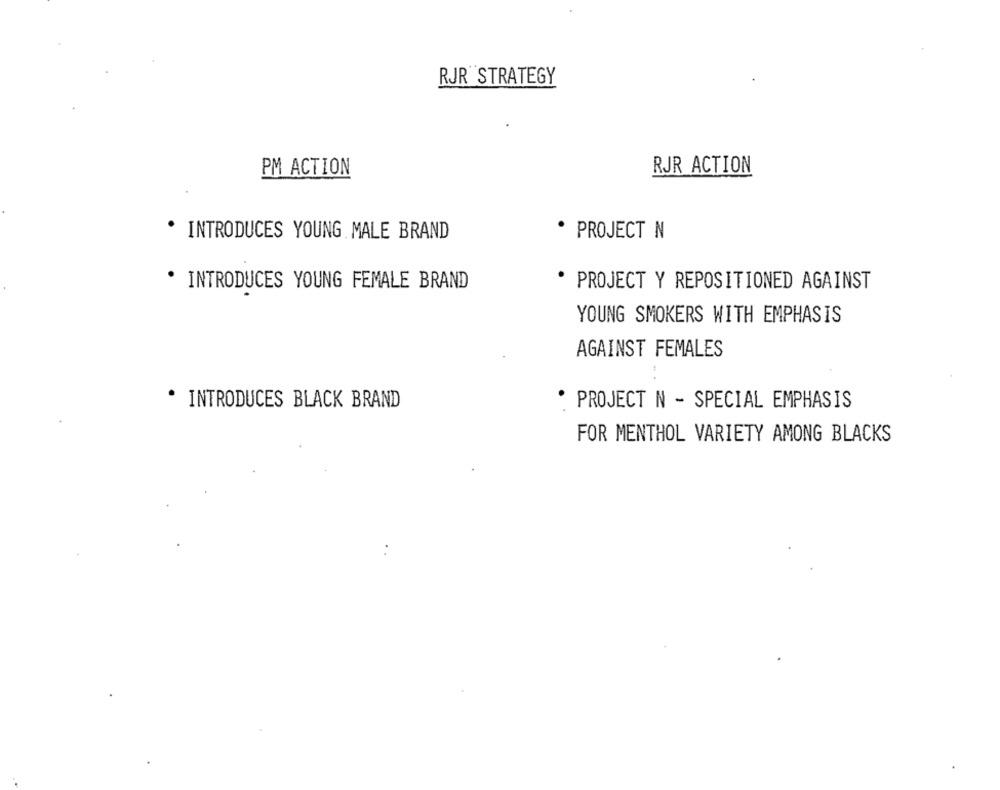
RJR STRATEGY
PM ACTION
RJR ACTION
* INTRODUCES YOUNG MALE BRAND
· PROJECT N
. INTRODUCES YOUNG FEMALE BRAND
PROJECT Y REPOSITIONED AGAINST
YOUNG SMOKERS WITH EMPHASIS
AGAINST FEMALES
PROJECT N - SPECIAL EMPHASIS
* INTRODUCES BLACK BRAND
FOR MENTHOL VARIETY AMONG BLACKS